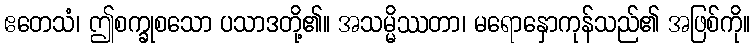
ဧတေသံ၊ ဤစက္ခုစသော ပသာဒတို့၏။ အသမ္မိဿတာ၊ မရောနှောကုန်သည်၏ အဖြစ်ကို။